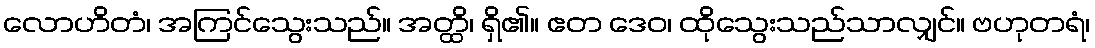
လောဟိတံ၊ အကြင်သွေးသည်။ အတ္ထိ၊ ရှိ၏။ ဧတ ဒေဝ၊ ထိုသွေးသည်သာလျှင်။ ဗဟုတရံ၊